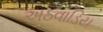
અઠવાડિય